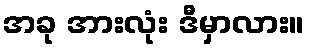
အခု အားလုံး ဒီမှာလား။